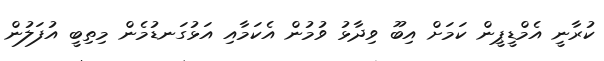
ކުރާނީ އެމްޑީޕީން ކަމަށް އިބޫ ވިދާޅު ވުމުން އެކަމާއި އަޅުގަނޑުމެން މިތިބީ އުފަލުން